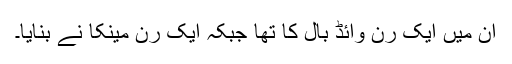
ان ميں ايک رن وائڈ بال کا تھا جبکہ ايک رن مينکا نے بنايا۔